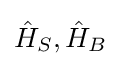
{\hat {H}}_{S},{\hat {H}}_{B}